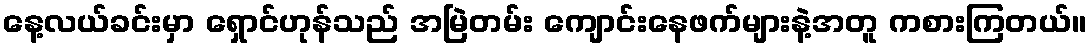
နေ့လယ်ခင်းမှာ ရှောင်ဟုန်သည် အမြဲတမ်း ကျောင်းနေဖက်များနဲ့အတူ ကစားကြတယ်။